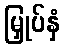
မြှုပ်နှံ